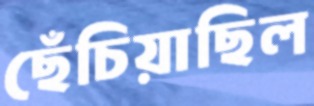
ছেঁচিয়াছিল